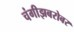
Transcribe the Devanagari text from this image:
चंगीझबरोबर